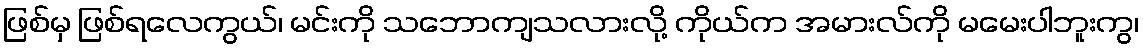
ဖြစ်မှ ဖြစ်ရလေကွယ်၊ မင်းကို သဘောကျသလားလို့ ကိုယ်က အမားလ်ကို မမေးပါဘူးကွ၊